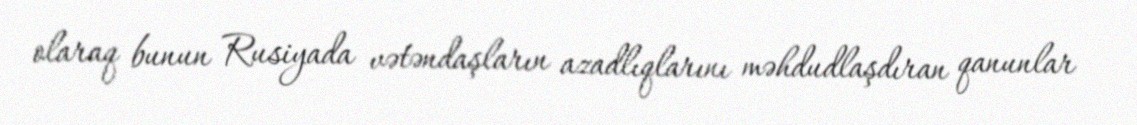
olaraq bunun Rusiyada vətəndaşların azadlıqlarını məhdudlaşdıran qanunlar